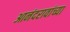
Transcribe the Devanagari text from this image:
आनंदरावांच्या